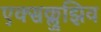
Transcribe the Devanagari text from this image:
एक्सक्लुझिव